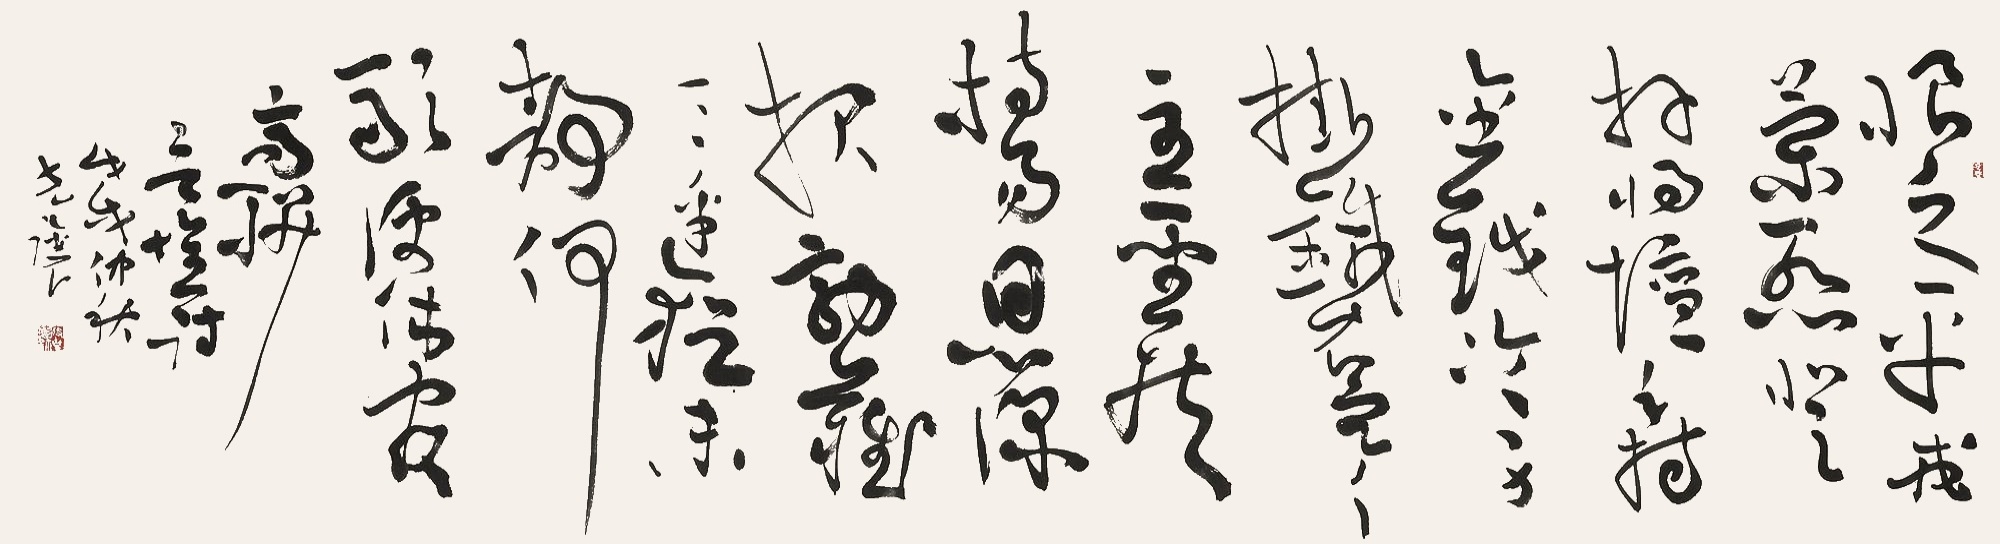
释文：恨乏平戎策，惭登拜将坛。手持金钺冷，身挂铁衣寒。主圣扶持易，恩深报效难。三边犹未静，何敢便休官。高骈《言怀诗》。戊戌仲秋，克让。